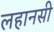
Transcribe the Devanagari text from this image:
लहानसी